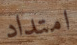
امتداد